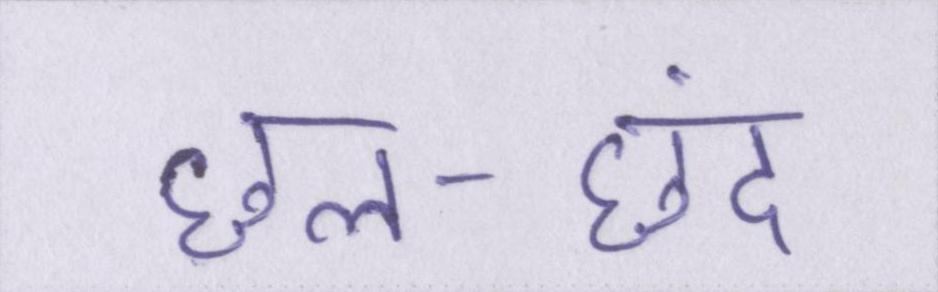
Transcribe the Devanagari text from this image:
छल-छंद